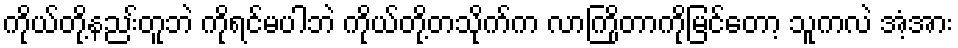
ကိုယ်တို့နညး်တူဘဲ ကိုရင်မပါဘဲ ကိုယ်တို့တသိုက်က လာကြိုတာကိုမြင်တော့ သူကလဲ အံ့အား